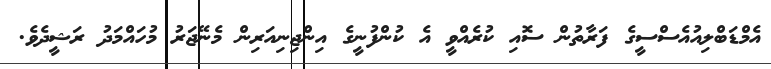
އެމްޑަބްލިއުއެސްސީގެ ފަރާތުން ސޮއި ކުރެއްވީ އެ ކުންފުނީގެ އިންޖިނިއަރިން މެނޭޖަރު މުހައްމަދު ރަޝީދެވެ.